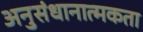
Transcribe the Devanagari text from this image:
अनुसंधानात्मकता